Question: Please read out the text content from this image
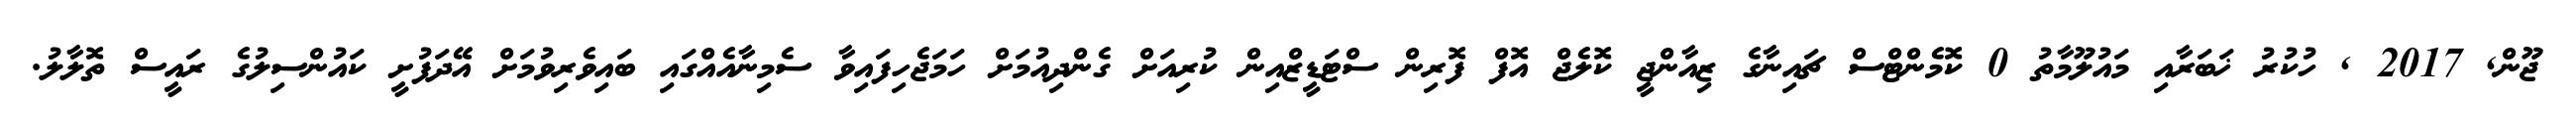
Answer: ޖޫން, 2017 , ހުކުރު ޚަބަރާއި މައުލޫމާތު 0 ކޮމެންޓްސް ޗައިނާގެ ޒިއާންޖީ ކޮލެޖް އޮފް ފޮރިން ސްޓަޑީޒްއިން ކުރިއަށް ގެންދިއުމަށް ހަމަޖެހިފައިވާ ސެމިނާއެއްގައި ބައިވެރިވުމަށް އޭދަފުށީ ކައުންސިލުގެ ރައީސް ތޮލާލު.